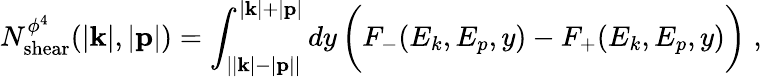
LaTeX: N_{\mathrm{shear}}^{\phi^{4}}(|{\mathbf k}|,|{\mathbf p}|)=\int_{\left||{\mathbf k}|{-}|{\mathbf p}|\right|}^{|{\mathbf k}|{+}|{\mathbf p}|}dy\, \bigg(F_{-}(E_{k},E_{p},y)-F_{+}(E_{k},E_{p},y)\bigg)\; ,